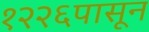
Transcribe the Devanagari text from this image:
१२२६पासून